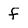
Character: f